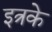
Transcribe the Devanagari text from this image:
इत्रके